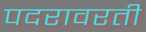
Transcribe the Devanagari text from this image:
पदरावरती